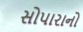
સોપારાનો